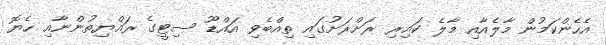
އެހެންކަމުން މާލެއާއި މާލެ ކައިރިި ރަށްރަށުގައި ތިއްބެވި އައްޑޫ ސިޓީގެ ރައްޔިތުންނާއި ހެޔޮ